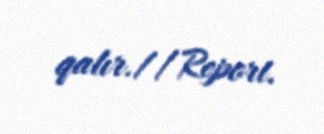
qalır.//Report.